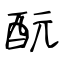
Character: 酛